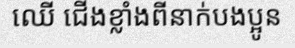
ឈើ ជើងខ្លាំងពីនាក់បងប្អូន